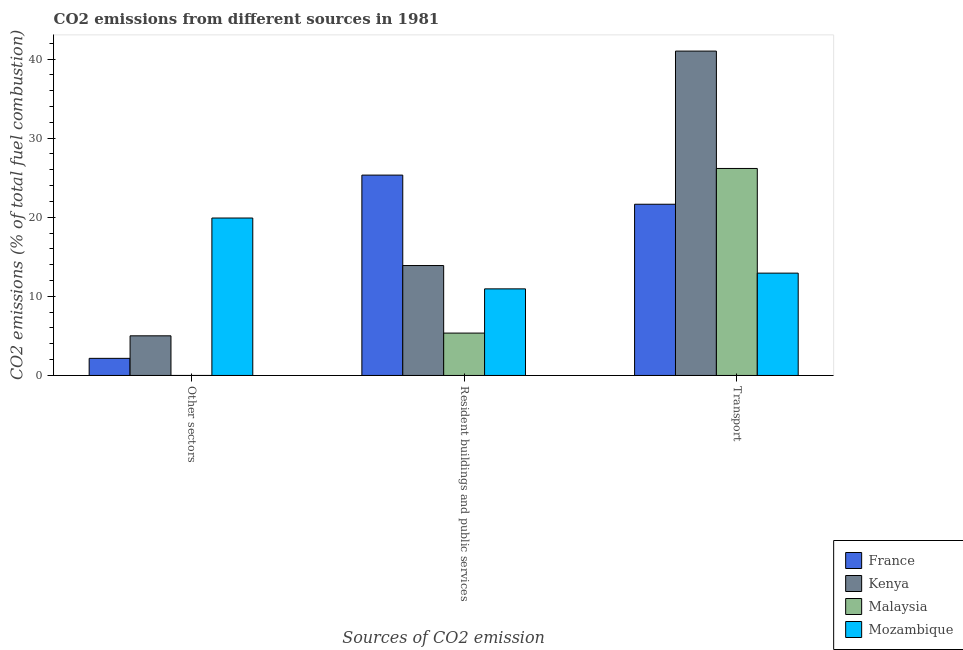
| Sources of CO2 emission | France | Kenya | Malaysia | Mozambique |
 | --- | --- | --- | --- | --- |
 | Other sectors | 2.16 | 5.01 | -4.81e-16 | 19.9 |
 | Resident buildings and public services | 25.3 | 13.9 | 5.36 | 10.9 |
 | Transport | 21.6 | 41 | 26.2 | 12.9 |